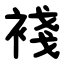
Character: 䙁